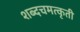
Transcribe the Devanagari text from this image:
शब्दचमत्कृती